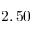
2 , 5 0